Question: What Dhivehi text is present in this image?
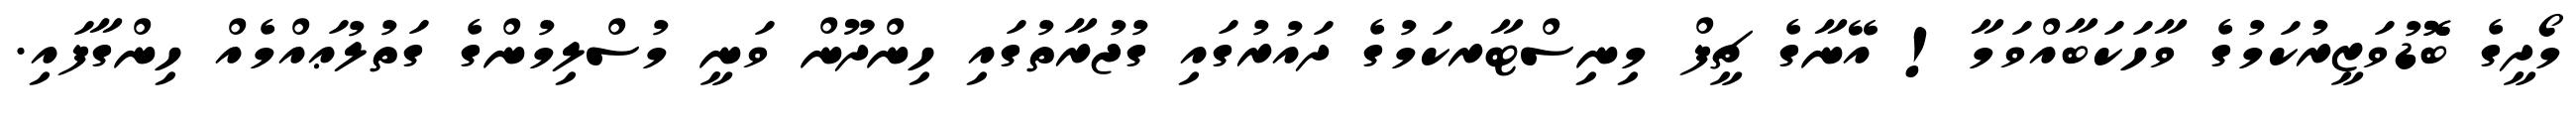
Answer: މޯދީގެ ބޮޮޑުވަޒީރުކަމުގެ ވާހަކަބާއްވަމާ! އޭނާގެ ޗީފް މިނިސްޓާރކަމުގެ ދައުރުގައި ގުޖުރާތުގައި ހިންދޫން ވަނީ މުސްލިމުންގެ ގަތުލުޢައްމެއް ހިންގާފައި.